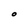
Character: O